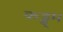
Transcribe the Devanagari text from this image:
कड्ड्म